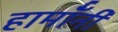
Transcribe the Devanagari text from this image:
हार्मॉनी